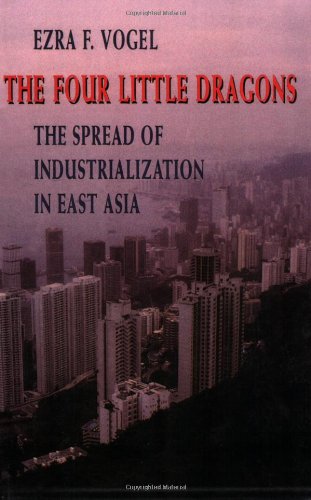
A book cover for The Four Little Dragons: The Spread of Industrialization in East Asia (The Edwin O. Reischauer Lectures); Ezra F. Vogel; History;